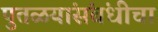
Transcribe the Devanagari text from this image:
पुतळयांसंबंधीचा